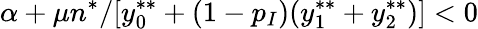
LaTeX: \alpha+\mu n^{*}/[y_{0}^{**}+(1-p_{I})(y_{1}^{**}+y_{2}^{**})]<0